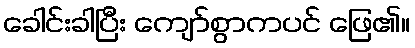
ခေါင်းခါပြီး ကျော်စွာကပင် ဖြေ၏။